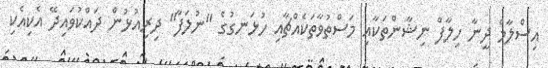
އިސްލާމް ދީނާ ހިލާފް ނިޝާންތަކާއި މަސްތުވާތަކެއްޗާއި ހުޅަނގުގެ "ނުލަފާ" ދިރިއުޅުން ދައްކުވައިދޭ އެކިއެކި